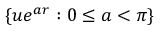
\lbrace u e ^ { a r } : 0 \leq a < \pi \rbrace